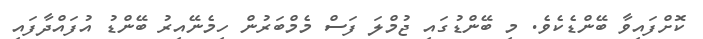
ކޮށްފައިވާ ބޭންޑެކެވެ. މި ބޭންޑުގައި ޖުމްލަ ފަސް މެމްބަރުން ހިމެނޭއިރު ބޭންޑު އުފައްދާފައި